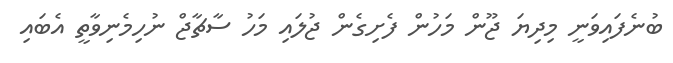
ބުނެފައިވަނީ މިދިޔަ ޖޫން މަހުން ފެށިގެން ޖުލައި މަހު ސާޗާޖް ނުހިމެނިވާތީ އެބައި